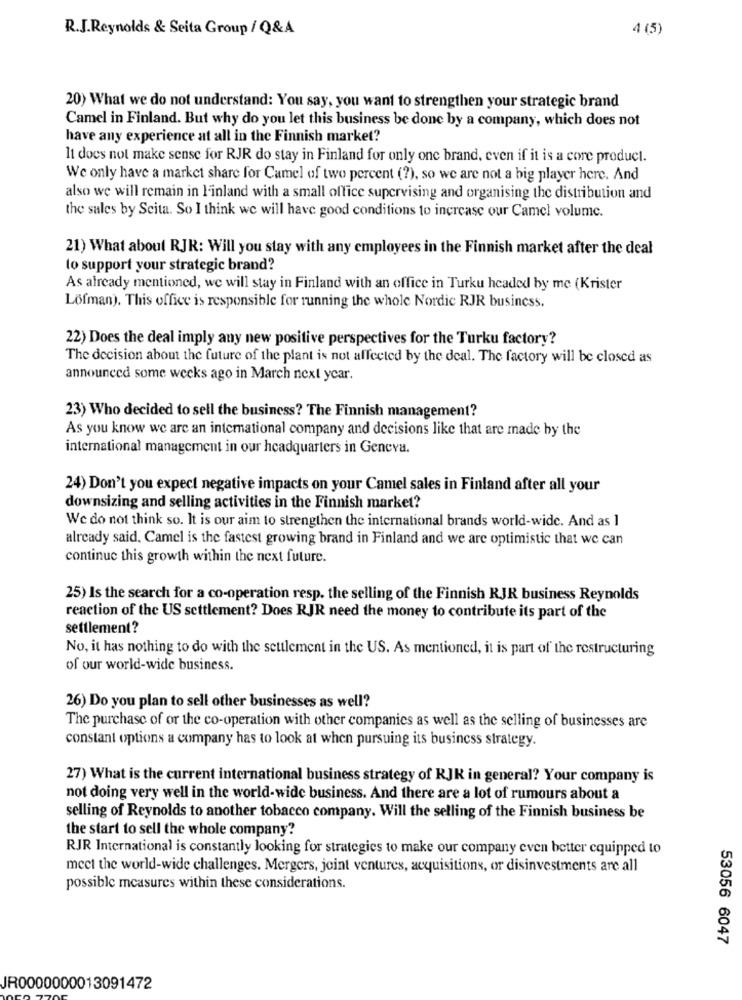
R.J.Reynolds & Seita Group / Q&A
4 (5)
20) What we do not understand: You say, you want to strengthen your strategic brand
Camel in Finland. But why do you let this business be done by a company, which does not
have any experience at all in the Finnish market?
It does not make sense for RJR do stay in Finland for only one brand, even if it is a core product.
We only have a market share for Camel of two percent (?), so we are not a big player here. And
also we will remain in l'inland with a small office supervising and organising the distribution and
the sales by Scita. So I think we will have good conditions to increase our Camel volume.
21) What about RJR: Will you stay with any employees in the Finnish market after the deal
to support your strategic brand?
As already mentioned, we will stay in Finland with an office in Turku headed by me (Krister
Lofman). This office is responsible for running the whole Nordic RJR business.
22) Does the deal imply any new positive perspectives for the Turku factory?
The decision about the future of the plant is not affected by the deal. The factory will be closed as
announced some weeks ago in March next year.
23) Who decided to sell the business? The Finnish management?
As you know we are an international company and decisions like that are made by the
international management in our headquarters in Geneva.
24) Don't you expect negative impacts on your Camel sales in Finland after all your
downsizing and selling activities in the Finnish market?
We do not think so. It is our aim to strengthen the international brands world-wide. And as 1
already said, Camel is the fastest growing brand in Finland and we are optimistic that we can
continue this growth within the next future.
25) Is the search for a co-operation resp. the selling of the Finnish RJR business Reynolds
reaction of the US settlement? Does RJR need the money to contribute its part of the
settlement?
No, it has nothing to do with the seulement in the US. As mentioned, it is part of the restructuring
of our world-wide business.
26) Do you plan to sell other businesses as well?
The purchase of or the co-operation with other companies as well as the selling of businesses are
constant options a company has to look at when pursuing its business strategy.
27) What is the current international business strategy of RJK in general? Your company is
not doing very well in the world-wide business. And there are a lot of rumours about a
selling of Reynolds to another tobacco company. Will the selling of the Finnish business be
the start to sell the whole company?
RJR International is constantly looking for strategies to make our company even better equipped to
meet the world-wide challenges. Mergers, joint ventures, acquisitions, or disinvestments are all
possible measures within these considerations.
53056 6047
JR0000000013091472